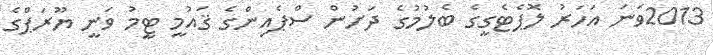
2013ވަނަ އަހަރު ލޮޕެޓެގީގެ ބެލުމުގެ ދަށުން ސްޕެއިންގެ ޤައުމީ ޓީމު ވަނީ ޔޫރަޕްގެ